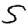
Digit: 5